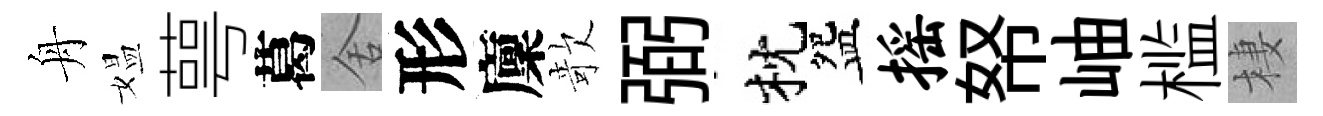
舟媪萼葛舍形廩欹弼枕盌摇帑岫槛棲